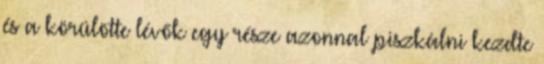
és a körülötte lévők egy része azonnal piszkálni kezdte